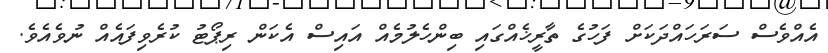
އެއްވެސް ސަރަހައްދަކަށް ފަހުގެ ތާރީޚެއްގައި ބިންހެލުމެއް އައިސް އެކަން ރިޕޯޓު ކުރެވިފައެއް ނުވެއެވެ.